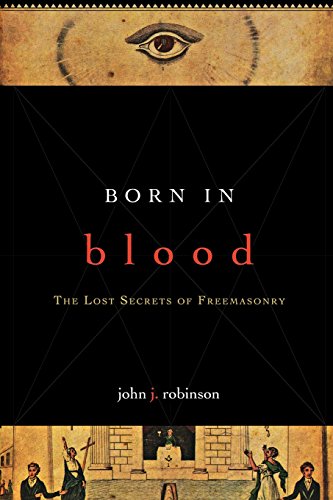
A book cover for Born in Blood: The Lost Secrets of Freemasonry; John J. Robinson; Religion & Spirituality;